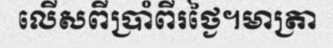
លើសពីប្រាំពីរថ្ងៃ។មាត្រា